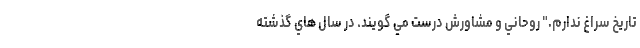
تاریخ سراغ ندارم." روحاني و مشاورش درست مي گويند. در سال هاي گذشته